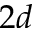
2 d